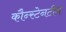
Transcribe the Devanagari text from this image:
कौन्स्टेनटीन